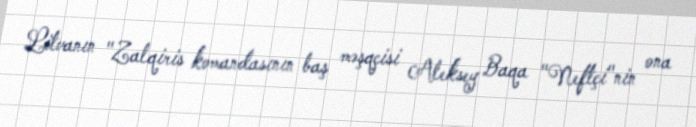
Litvanın "Zalqiris komandasının baş məşqçisi Aleksey Baqa "Neftçi"nin ona